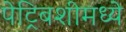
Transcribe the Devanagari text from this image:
पेट्रिबशीमध्ये